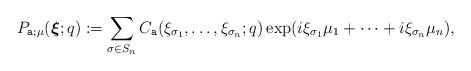
LaTeX: \begin{align*}P_{\texttt{a};\mu} (\boldsymbol{\xi} ;q) := \sum_ {\sigma\in S_{n}} C_{\texttt{a}}( \xi_{\sigma_1},\ldots , \xi_{\sigma_{n}};q)\exp (i \xi_{\sigma_1}\mu_1+\cdots +i \xi_{\sigma_{n}} \mu_{n}) ,\end{align*}